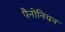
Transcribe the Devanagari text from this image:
पैनोनियन